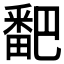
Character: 𬏓